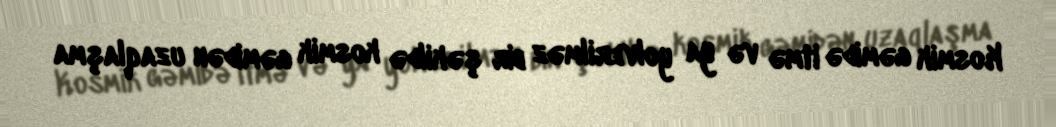
Kosmik gəmidə itmə və ya yolverilməz bir şəkildə kosmik gəmidən uzaqlaşma